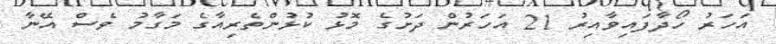
އަހަރު ހޯދާފައިވާއިރު 21 އަހަރުން ދަށުގެ މޮޅު ކުޅުންތެރިއާގެ މަގާމު ވެސް އޭނާ